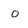
Character: o